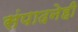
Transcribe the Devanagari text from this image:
संपादनेही